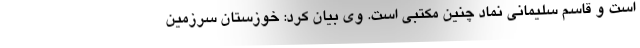
است و قاسم سلیمانی نماد چنین مکتبی است. وی بیان کرد: خوزستان سرزمین